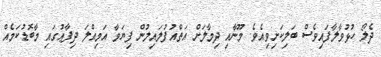
ދެލޯ ހުޅުވާލާފައިވެސް ބަލިކަށިވިއެވެ. މޫނާއި ދިމާލަށް އަތްއުފުލައިލުން ފިޔަވާ އަމިއްލަ ދިފާޢުގައި މާބޮޑުކަމެއް